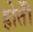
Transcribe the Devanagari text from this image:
होतेी